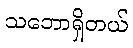
သဘောရှိတယ်